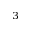
^ 3